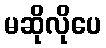
မဆိုလိုပေ